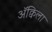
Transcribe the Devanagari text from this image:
ॲक्विला